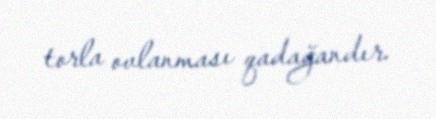
torla ovlanması qadağandır.